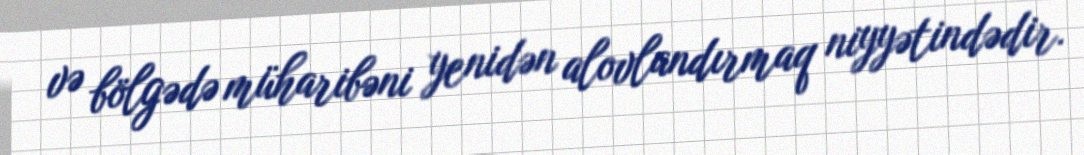
və bölgədə müharibəni yenidən alovlandırmaq niyyətindədir.